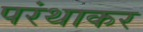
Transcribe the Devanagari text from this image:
परंथाकर